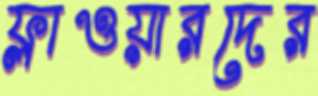
ফ্লাওয়ারদের